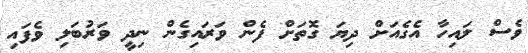
ވެސް ލައިހާ އެގެއަށް ދިޔަ ގޮތަށް ފެން ވަރައިގެން ނިދީ ވަރުބަލި ވެފައި